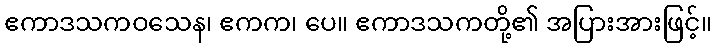
ဧကာဒသကဝသေန၊ ဧကက၊ ပေ။ ဧကာဒသကတို့၏ အပြားအားဖြင့်။